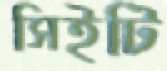
সিইটি